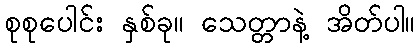
စုစုပေါင်း နှစ်ခု။ သေတ္တာနဲ့ အိတ်ပါ။